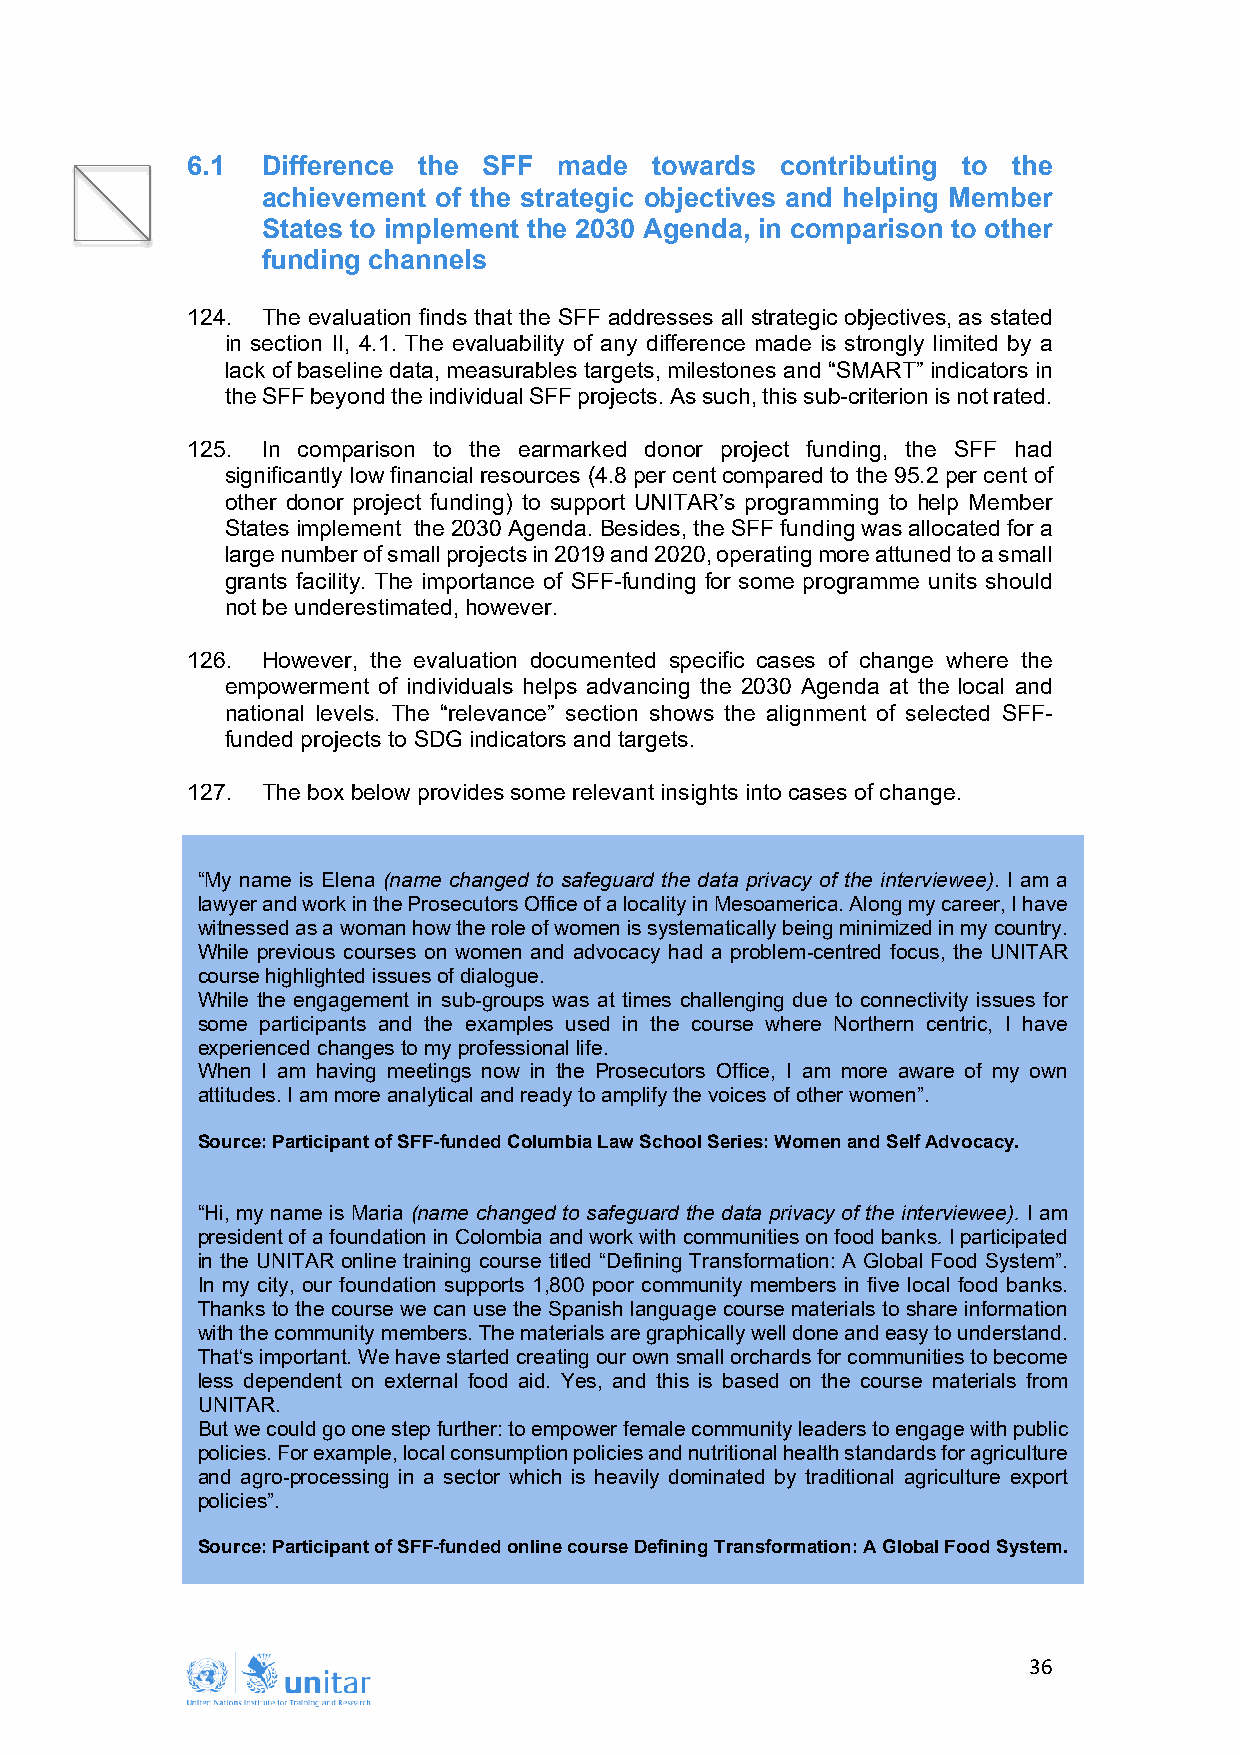
6.1  Difference the SFF  made  towards  contributing to the
 achievement of the strategic objectives and helping Member
 States to implement the 2030 Agenda, in comparison to other
 funding channels
 124. The evaluation finds that the SFF addresses all strategic objectives, as stated
 in section II, 4.1. The evaluability of any difference made is strongly limited by a
 lack of baseline data, measurables targets, milestones and “SMART” indicators in
 the SFF beyond the individual SFF projects. As such, this sub-criterion is not rated.
 125. In comparison to the earmarked donor project funding, the SFF had
 significantly low financial resources (4.8 per cent compared to the 95.2 per cent of
 other donor project funding) to support UNITAR’s programming to help Member
 States implement the 2030 Agenda. Besides, the SFF funding was allocated for a
 large number of small projects in 2019 and 2020, operating more attuned to a small
 grants facility. The importance of SFF-funding for some programme units should
 not be underestimated, however.
 126. However, the evaluation documented specific cases of change where the
 empowerment of individuals helps advancing the 2030 Agenda at the local and
 national levels. The “relevance” section shows the alignment of selected SFF-
 funded projects to SDG indicators and targets.
 127. The box below provides some relevant insights into cases of change.
 “My name is Elena (name changed to safeguard the data privacy of the interviewee). I am a
 lawyer and work in the Prosecutors Office of a locality in Mesoamerica. Along my career, I have
 witnessed as a woman how the role of women is systematically being minimized in my country.
 While previous courses on women and advocacy had a problem-centred focus, the UNITAR
 course highlighted issues of dialogue.
 While the engagement in sub-groups was at times challenging due to connectivity issues for
 some participants and the examples used in the course where Northern centric, I have
 experienced changes to my professional life.
 When I am having meetings now in the Prosecutors Office, I am more aware of my own
 attitudes. I am more analytical and ready to amplify the voices of other women”.
 Source: Participant of SFF-funded Columbia Law School Series: Women and Self Advocacy.
 “Hi, my name is Maria (name changed to safeguard the data privacy of the interviewee). I am
 president of a foundation in Colombia and work with communities on food banks. I participated
 in the UNITAR online training course titled “Defining Transformation: A Global Food System”.
 In my city, our foundation supports 1,800 poor community members in five local food banks.
 Thanks to the course we can use the Spanish language course materials to share information
 with the community members. The materials are graphically well done and easy to understand.
 That‘s important. We have started creating our own small orchards for communities to become
 less dependent on external food aid. Yes, and this is based on the course materials from
 UNITAR.
 But we could go one step further: to empower female community leaders to engage with public
 policies. For example, local consumption policies and nutritional health standards for agriculture
 and agro-processing in a sector which is heavily dominated by traditional agriculture export
 policies”.
 Source: Participant of SFF-funded online course Defining Transformation: A Global Food System.
 36